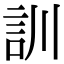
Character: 訓